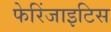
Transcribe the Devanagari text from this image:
फेरिंजाइटिस